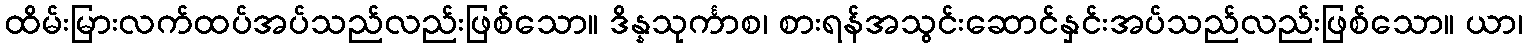
ထိမ်းမြားလက်ထပ်အပ်သည်လည်းဖြစ်သော။ ဒိန္နသုင်္ကာစ၊ စားရန်အသွင်းဆောင်နှင်းအပ်သည်လည်းဖြစ်သော။ ယာ၊